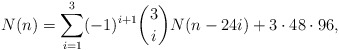
\begin{align*}N(n) = \sum_{i=1}^3 (-1)^{i+1} \binom{3}{i} N(n-24i) + 3 \cdot 48 \cdot 96, \end{align*}